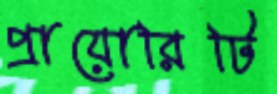
প্রায়োরিটি